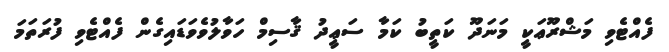
ފެއްޓެވި މަޝްރޫޢަކީ މަނަދޫ ކަތީބު ކަމާ ސަޢީދު ޤާސިމް ހަވާލުވެވަޑައިގެން ފެއްޓެވި ފުރަތަމަ